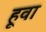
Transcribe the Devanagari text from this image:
हूवा